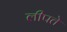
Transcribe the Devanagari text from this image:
लीपते